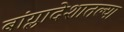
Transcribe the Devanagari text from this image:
बांग्लादेशातल्या